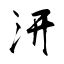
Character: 汧